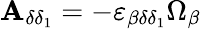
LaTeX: \mathbf{A}_{\delta\delta_{1}}=-\varepsilon_{\beta\delta\delta_{1}}\Omega_{\beta}